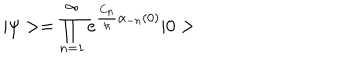
LaTeX: | \psi > = \prod _ { n = 1 } ^ { \infty } e ^ { { \frac { C _ { n } } { \hbar } } \alpha _ { - n } ( 0 ) } | 0 >